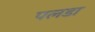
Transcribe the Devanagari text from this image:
पलडा